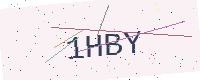
Text: 1HBY